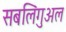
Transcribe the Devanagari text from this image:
सबलिंगुअल